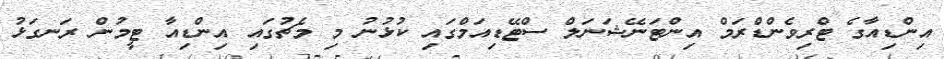
އިންޑިއާގެ ޓްރިވެންޑްރަމް އިންޓަނޭޝަނަލް ސްޓޭޑިއަމްގައި ކުޅުނު މި މެޗުގައި އިންޑިއާ ޓީމުން ރަނގަޅު